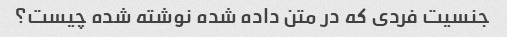
جنسیت فردی که در متن داده شده نوشته شده چیست؟